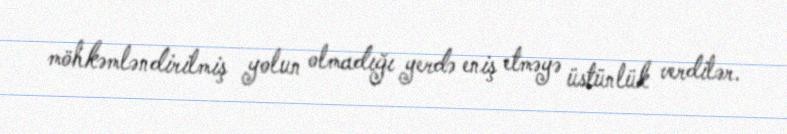
möhkəmləndirilmiş yolun olmadığı yerdə eniş etməyə üstünlük verdilər.